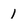
Character: 1